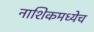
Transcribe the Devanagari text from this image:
नाशिकमध्येच